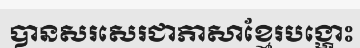
បានសរសេរជាភាសាខ្មែរបង្ហោះ